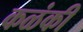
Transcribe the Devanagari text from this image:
कळंकी